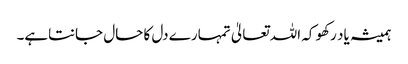
ہمیشہ یاد رکھو کہ اللہ تعالیٰ تمہارے دل کا حال جانتاہے۔